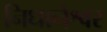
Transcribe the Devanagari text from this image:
निधानेश्वर